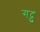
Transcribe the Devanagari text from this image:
गट्टु